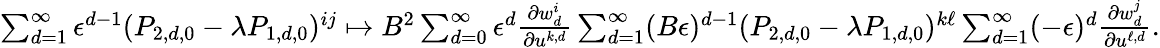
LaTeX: \begin{array}{r}{\sum_{d=1}^{\infty}\epsilon^{d-1}(P_{2,d,0}-\lambda P_{1,d,0})^{ij}\mapsto B^{2}\sum_{d=0}^{\infty}\epsilon^{d}\frac{{\partial}w_{d}^{i}}{{\partial}u^{k,d}}\sum_{d=1}^{\infty}(B\epsilon)^{d-1}(P_{2,d,0}-\lambda P_{1,d,0})^{k\ell}\sum_{d=1}^{\infty}(-\epsilon)^{d}\frac{{\partial}w_{d}^{j}}{{\partial}u^{\ell,d}}.}\end{array}